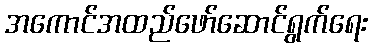
အကောင်အထည်ဖော်ဆောင်ရွက်ရေး